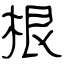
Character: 根